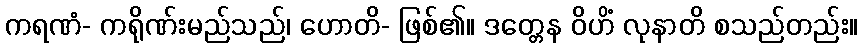
ကရဏံ- ကရိုဏ်းမည်သည်၊ ဟောတိ- ဖြစ်၏။ ဒတ္တေန ဝိဟိံ လုနာတိ စသည်တည်း။